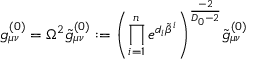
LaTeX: g _ { \mu \nu } ^ { ( 0 ) } = \Omega ^ { 2 } \tilde { g } _ { \mu \nu } ^ { ( 0 ) } : = { \left( \prod _ { i = 1 } ^ { n } e ^ { d _ { i } \tilde { \beta } ^ { i } } \right) } ^ { \frac { - 2 } { D _ { 0 } - 2 } } \tilde { g } _ { \mu \nu } ^ { ( 0 ) }